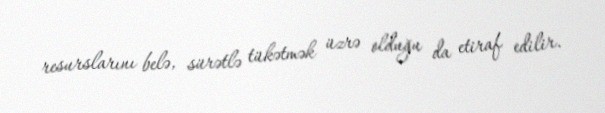
resurslarını belə, sürətlə tükətmək üzrə olduğu da etiraf edilir.